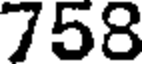
758